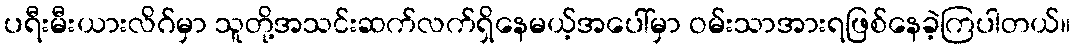
ပရီးမီးယားလိဂ်မှာ သူတို့အသင်းဆက်လက်ရှိနေမယ့်အပေါ်မှာ ဝမ်းသာအားရဖြစ်နေခဲ့ကြပါတယ်။